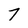
Character: 7